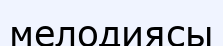
мелодиясы